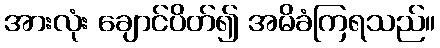
အားလုံး ချောင်ပိတ်၍ အမိခံကြရသည်။